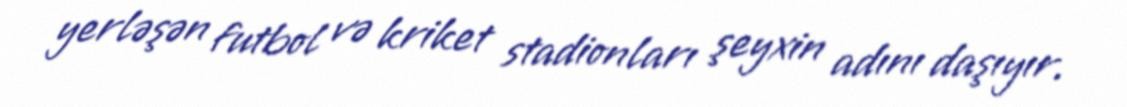
yerləşən futbol və kriket stadionları şeyxin adını daşıyır.